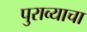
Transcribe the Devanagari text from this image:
पुराव्याचा